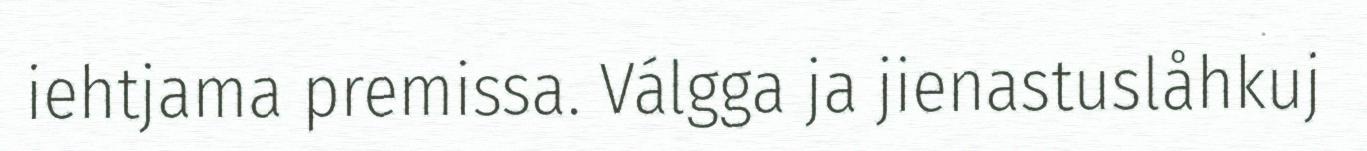
iehtjama premissa. Válgga ja jienastuslåhkuj